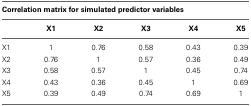
<table><thead><tr><td colspan="6"><b>Correlation matrix for simulated predictor variables</b></td></tr></thead><tbody><tr><td></td><td><b>X1</b></td><td><b>X2</b></td><td><b>X3</b></td><td><b>X4</b></td><td><b>X5</b></td></tr><tr><td>X1</td><td>1</td><td>0.76</td><td>0.58</td><td>0.43</td><td>0.39</td></tr><tr><td>X2</td><td>0.76</td><td>1</td><td>0.57</td><td>0.36</td><td>0.49</td></tr><tr><td>X3</td><td>0.58</td><td>0.57</td><td>1</td><td>0.45</td><td>0.74</td></tr><tr><td>X4</td><td>0.43</td><td>0.36</td><td>0.45</td><td>1</td><td>0.69</td></tr><tr><td>X5</td><td>0.39</td><td>0.49</td><td>0.74</td><td>0.69</td><td>1</td></tr></tbody></table>